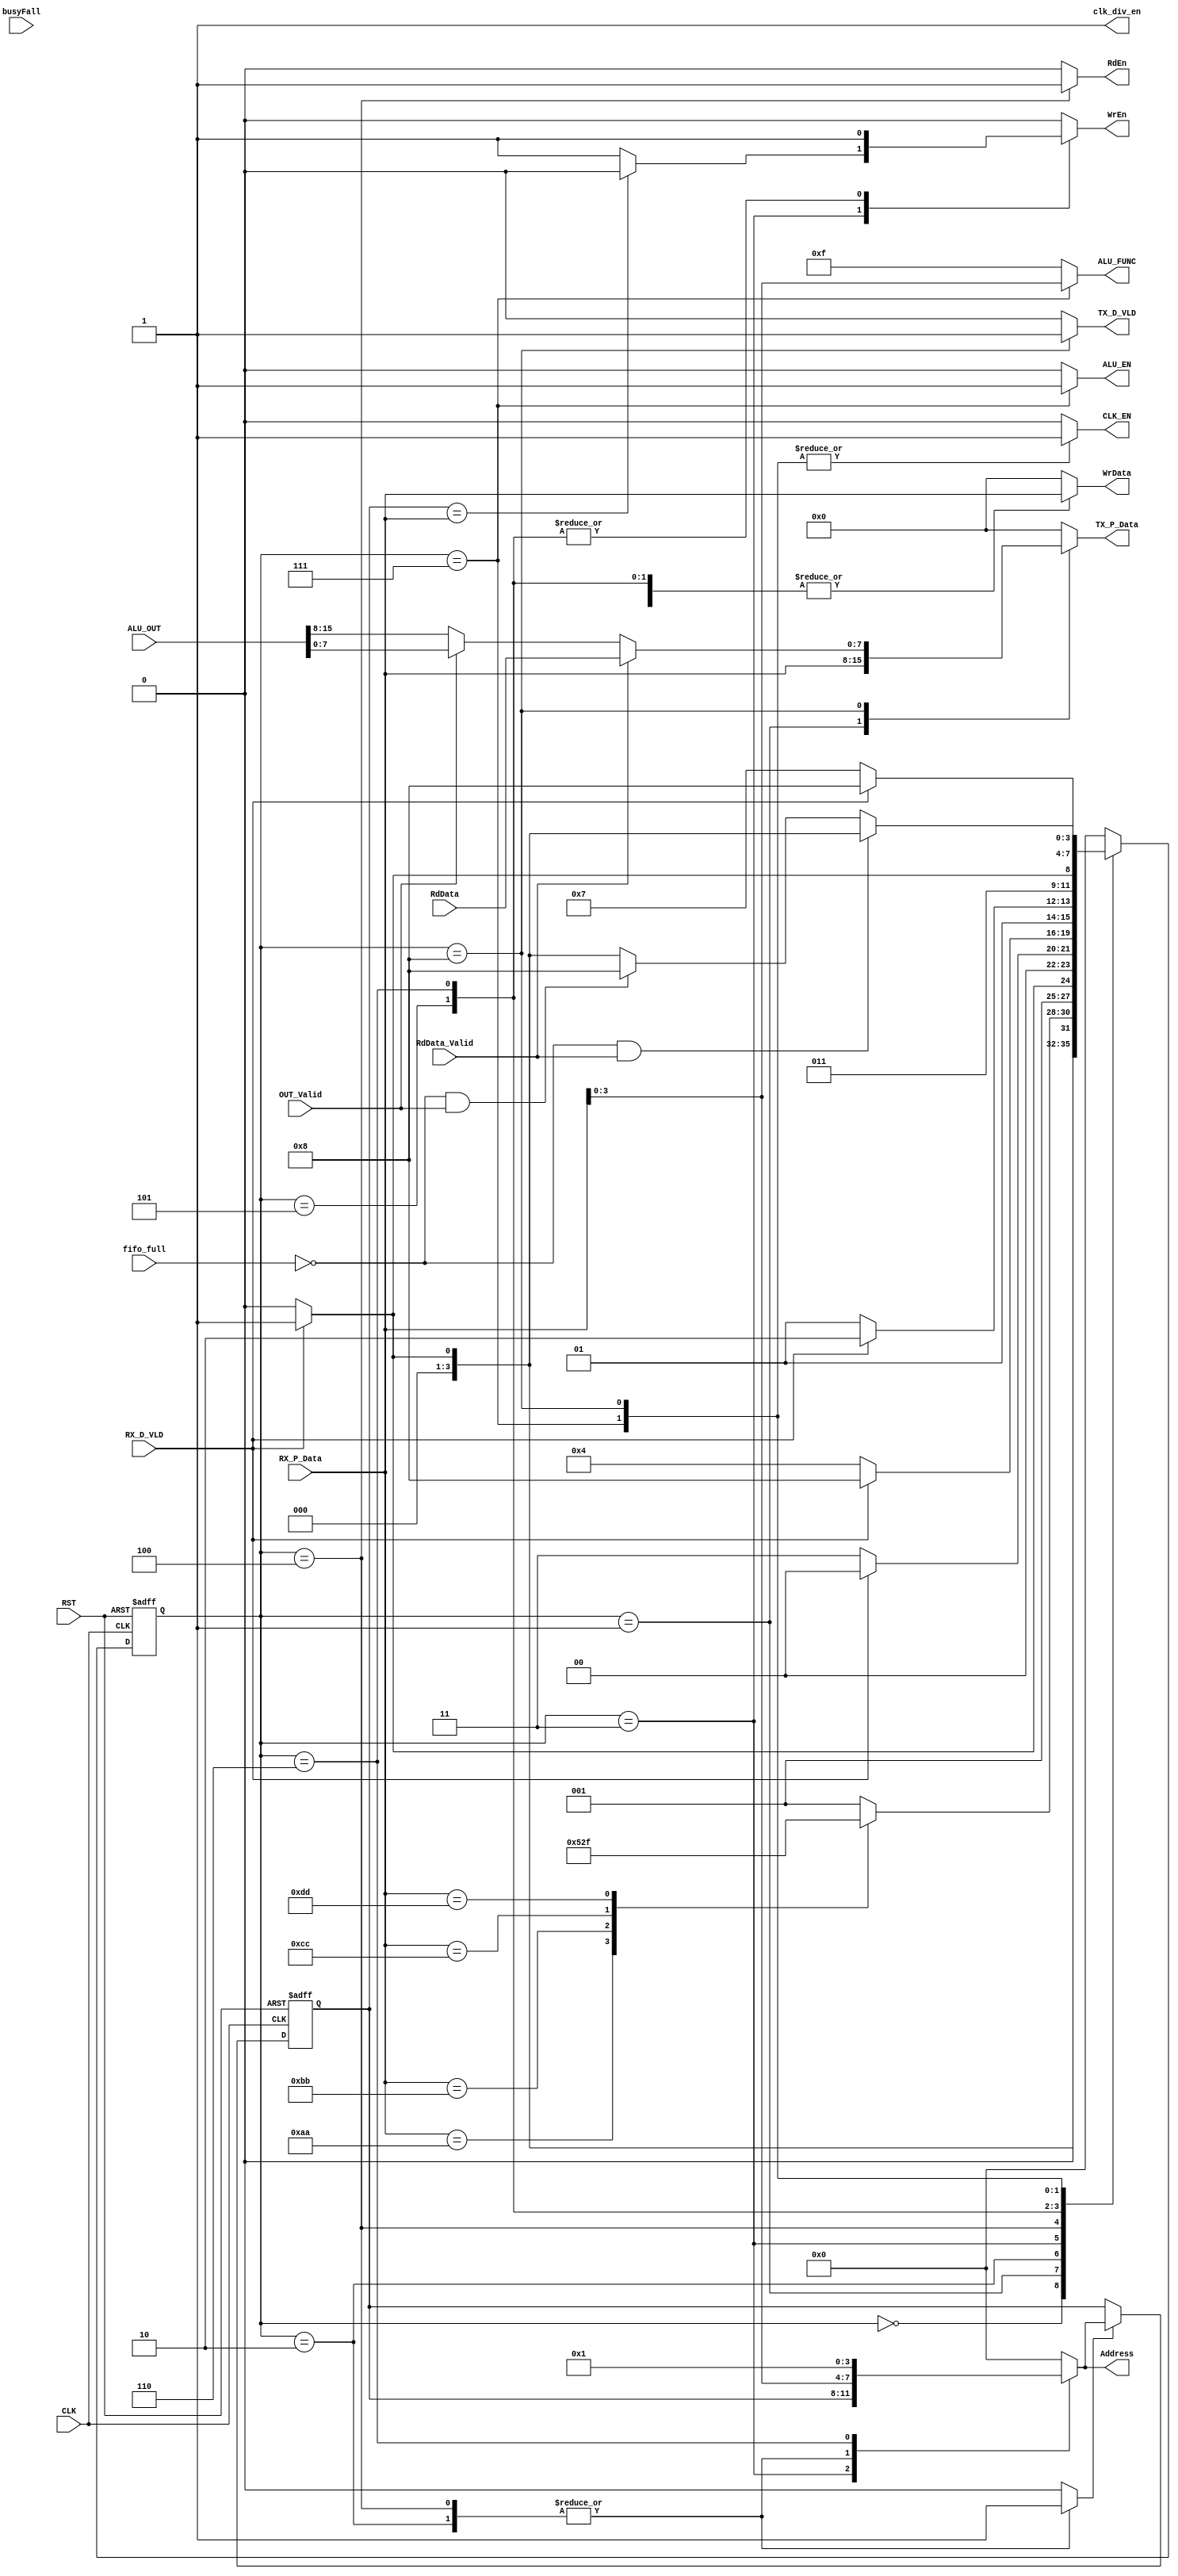
module SYS_CTRL #(parameter DATA_WIDTH = 8,ALU_OUT_W = 16 , REG_W = 8,
					FUNC = 4,ADD = 4
					)
				(
				input RX_D_VLD,
				input wire[DATA_WIDTH-1:0] RX_P_Data,
				input wire[ALU_OUT_W-1:0] ALU_OUT,
				input wire OUT_Valid,
				input wire[REG_W-1:0] RdData,
				input wire RdData_Valid,
				input wire CLK,
				input wire RST,
				input fifo_full,
				input busyFall,
				//input read_fifo,
				//input empty,
				//input [1:0]count_busy_fall,
				//////////////////// outputs
				output reg ALU_EN,
				output reg[FUNC-1:0] ALU_FUNC,
				output reg CLK_EN,
				output reg[ADD-1:0] Address,
				output reg WrEn,
				output reg RdEn,
				output reg [DATA_WIDTH-1:0] WrData,
				output reg [DATA_WIDTH-1:0] TX_P_Data,
				output reg TX_D_VLD,
				output reg clk_div_en
				//output reg disable_busy_count
				);

//typedef enum {
//	IDLE,
//	DECODE,
//	WR_ADD,
//	WR_DATA,
//	RD_ADD,
//	OP_A,
//	OP_B,
//	ALU_OP,
//	FIFO
//	//TX
//} state_ ;
//state_ current_state , next_state;

localparam [3:0] IDLE = 4'b0000,
		 DECODE = 4'b0001,
		 WR_ADD = 4'b0010,
		 WR_DATA = 4'b0011,
		 RD_ADD = 4'b0100,
		 OP_A = 4'b0101,
		 OP_B = 4'b0110,
		 ALU_OP = 4'b0111,
		 FIFO = 4'b1000;
reg[3:0] current_state , next_state;


reg address_ff;
reg[ADD-1:0] address_ ;
//reg[DATA_WIDTH-1:0] command;
//reg cmd_registered;



//////////////// state memory
always @(posedge CLK or negedge RST) begin
	if(~RST) begin
		current_state <= IDLE;
	end else begin
		current_state <= next_state;
	end
end
//////////////// next state logic 
always @(*) begin
	case (current_state)
		IDLE : begin
			if(RX_D_VLD) begin
				next_state = DECODE;
			end else begin
				next_state = IDLE;
			end
		end 
		DECODE : begin
			case (RX_P_Data)
				8'hAA : next_state = WR_ADD;
				8'hBB : next_state = RD_ADD;
				8'hCC : next_state = OP_A;
				8'hDD : next_state = ALU_OP;
				default : next_state = DECODE;
			endcase
		end 
		WR_ADD : begin
			 if(RX_D_VLD) begin
			 		next_state = WR_DATA;
			 end else begin
			 		next_state = WR_ADD;
			 end
		end 
		WR_DATA : begin 
			if(RX_D_VLD) begin
			 		next_state = IDLE;
			 end else begin 
			 		next_state = WR_DATA;
			 end
		end 
		RD_ADD : begin
			if(RX_D_VLD) begin
				next_state = FIFO;
			end else begin
				next_state = RD_ADD;
			end
		end 
		OP_A : begin
			if(RX_D_VLD) begin
				next_state = OP_B;
			end else begin
				next_state = OP_A;
			end
		end 
		OP_B : begin
			if(RX_D_VLD) begin
				next_state = ALU_OP;
			end else begin
				next_state = OP_B;
			end
		end 
		ALU_OP : begin 
			if(RX_D_VLD) begin
				next_state = FIFO;
			end else begin
				next_state = ALU_OP;
			end
		end 
		FIFO : begin 
			if(!fifo_full && (RdData_Valid)) begin
				if(RX_D_VLD) begin
					next_state = DECODE;
				end else begin
					next_state = IDLE;
				end
			end else if(!fifo_full && OUT_Valid) begin
				next_state = FIFO;
			end 
		    else begin
				if(RX_D_VLD) begin
					next_state = DECODE;
				end else begin
					next_state = IDLE;
				end
			end
		end 
		// TX : begin 
		// 	if(busyFall) //(command != 8'hcc || command != 8'hdd)
		// 		next_state = IDLE;
		// 	else 
		// 		next_state = TX;
		// end 
		default : next_state = IDLE;
	endcase
end

///////////////// output logic 
always @(*) begin
	address_ff = 1'b0;
	//cmd_registered = 1'b0;
	//disable_busy_count = 1'b1;
	case (current_state)
		IDLE : begin
			ALU_EN = 1'b0;
			ALU_FUNC = 4'b1111;
			CLK_EN = 1'b0;
			Address = 4'b0000;
			WrEn = 1'b0;
			RdEn = 1'b0;
			WrData = 8'b0000_0000;
			TX_P_Data = 8'b0000_0000;
			TX_D_VLD = 1'b0;
			clk_div_en = 1'b1;
			
			//cmd_registered = 1'b1;
		end 
		DECODE : begin
			ALU_EN = 1'b0;
			ALU_FUNC = 4'b1111;
			CLK_EN = 1'b0;
			Address = 4'b0000;
			WrEn = 1'b0;
			RdEn = 1'b0;
			WrData = 8'b0000_0000;
			TX_P_Data = RX_P_Data;
			TX_D_VLD = 1'b0;
			clk_div_en = 1'b1;
			//cmd_registered = 1'b1;
		end 
		WR_ADD : begin
			ALU_EN = 1'b0;
			ALU_FUNC = 4'b1111;
			CLK_EN = 1'b0;
			Address = RX_P_Data;
			WrEn = 1'b0;
			RdEn = 1'b0;
			WrData = 8'b0000_0000;
			TX_P_Data = 8'b0000_0000;
			TX_D_VLD = 1'b0;
			clk_div_en = 1'b1;
			address_ff = 1'b1;
		end 
		WR_DATA : begin 
			ALU_EN = 1'b0;
			ALU_FUNC = 4'b1111;
			CLK_EN = 1'b0;
			Address = address_;	
			RdEn = 1'b0;
			WrData = RX_P_Data;
			TX_P_Data = 8'b0000_0000;
			TX_D_VLD = 1'b0;
			clk_div_en = 1'b1;
			if(address_  == RX_P_Data ) begin//== 4'b0010
				WrEn = 1'b0;
			end else begin
				WrEn = 1'b1;
			end

		end 
		RD_ADD : begin
			ALU_EN = 1'b0;
			ALU_FUNC = 4'b1111;
			CLK_EN = 1'b0;
			Address = RX_P_Data;
			WrEn = 1'b0;
			RdEn = 1'b1;
			WrData = 8'b0000_0000;
			TX_P_Data = 8'b0000_0000;
			TX_D_VLD = 1'b0;
			clk_div_en = 1'b1;
			address_ff = 1'b1;

		end 
		
		OP_A : begin
			ALU_EN = 1'b0;
			ALU_FUNC = 4'b1111;
			CLK_EN = 1'b0;
			Address = 4'b0000;
			WrEn = 1'b1;
			RdEn = 1'b0;
			WrData = RX_P_Data;
			TX_P_Data = 8'b0000_0000;
			TX_D_VLD = 1'b0;
			clk_div_en = 1'b1;
		end 
		OP_B : begin
			ALU_EN = 1'b0;
			ALU_FUNC = 4'b1111;
			CLK_EN = 1'b0;
			Address = 4'b0001;
			WrEn = 1'b1;
			RdEn = 1'b0;
			WrData = RX_P_Data;
			TX_P_Data = 8'b0000_0000;
			TX_D_VLD = 1'b0;
			clk_div_en = 1'b1;
		end 
		ALU_OP : begin 
			ALU_EN = 1'b1;
			ALU_FUNC = RX_P_Data;
			CLK_EN = 1'b1;
			Address = 4'b0000;
			WrEn = 1'b0;
			RdEn = 1'b0;
			WrData = 8'b0000_0000;
			TX_P_Data = 8'b0000_0000;
			TX_D_VLD = 1'b0;
			clk_div_en = 1'b1;
		end 
		FIFO : begin 
			ALU_EN = 1'b0;
			ALU_FUNC = 4'b1111;
			CLK_EN = 1'b1;
			Address = 4'b0000;
			WrEn = 1'b0;
			RdEn = 1'b0;
			WrData = 8'b0000_0000;		
			TX_D_VLD = 1'b1;
			clk_div_en = 1'b1;
			//disable_busy_count = 1'b1;
			if(RdData_Valid) begin
				TX_P_Data = RdData;
			end else if(OUT_Valid) begin
				TX_P_Data = ALU_OUT[7:0];
			end else begin
				TX_P_Data = ALU_OUT[15:8];
			end
			
		end 
		// TX : begin 
		// 	//disable_busy_count = 1'b0;
		// 	ALU_EN = 1'b0;
		// 	ALU_FUNC = 4'b1111;
		// 	CLK_EN = 1'b0;
		// 	Address = 4'b0000;
		// 	WrEn = 1'b0;
		// 	RdEn = 1'b0;
		// 	WrData = 8'b0000_0000;
		// 	TX_P_Data = 8'b0000_0000;
		// 	TX_D_VLD = 1'b0;
		// 	clk_div_en = 1'b1;	
		// end 
		default : begin
			ALU_EN = 1'b0;
			ALU_FUNC = 4'b1111;
			CLK_EN = 1'b0;
			Address = 4'b0000;
			WrEn = 1'b0;
			RdEn = 1'b0;
			WrData = 8'b0000_0000;
			TX_P_Data = 8'b0000_0000;
			TX_D_VLD = 1'b0;
			clk_div_en = 1'b1;
			//cmd_registered = 1'b0;	

		end 
	endcase
end

////////////// register address
always @(posedge CLK or negedge RST) begin
	if(!RST) begin
		address_ <= 4'b0;
	end else if(address_ff) begin
		address_ <= Address;
	end
end






endmodule